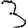
Digit: 3